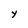
Character: y